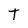
Character: T